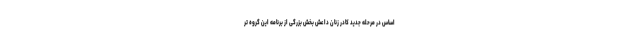
اساس در مرحله جدید کادر زنان داعش بخش بزرگی از برنامه این گروه تر